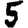
Digit: 5